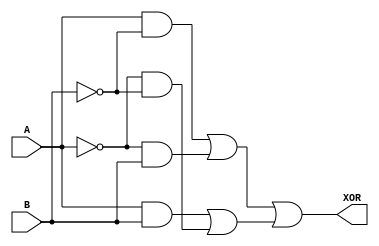
module xor_gate_using_transmission_gates (
    input A,
    input B,
    output XOR
);

wire TG1, TG2, TG3, TG4, TG5, TG6;
wire OR_output;

// Transmission gates
assign TG1 = A & ~B;
assign TG2 = ~A & B;
assign TG3 = A & B;
assign TG4 = ~A & ~B;
assign TG5 = TG1 | TG2;
assign TG6 = TG3 | TG4;

// OR gate
assign XOR = TG5 | TG6;

endmodule